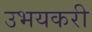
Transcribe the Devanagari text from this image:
उभयकरी